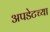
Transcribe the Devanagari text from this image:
अपडेटच्या